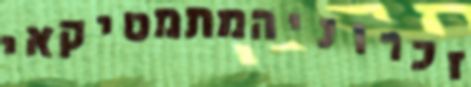
זכרוניהמתמטיקאי